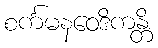
စင်္ကမနဝေဒိကန္တိ